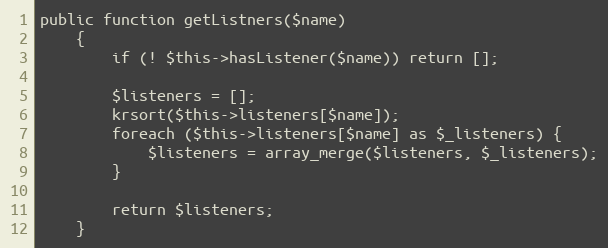
Language: PHP
public function getListners($name)
    {
        if (! $this->hasListener($name)) return [];

        $listeners = [];
        krsort($this->listeners[$name]);
        foreach ($this->listeners[$name] as $_listeners) {
            $listeners = array_merge($listeners, $_listeners);
        }

        return $listeners;
    }